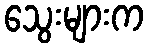
သွေးများက